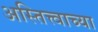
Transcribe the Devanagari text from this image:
अस्तित्त्वाच्या